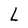
Character: L